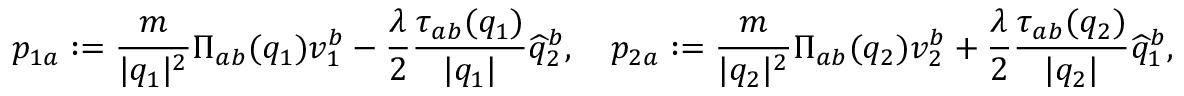
p _ { 1 a } : = \frac { m } { \vert q _ { 1 } \vert ^ { 2 } } \Pi _ { a b } ( q _ { 1 } ) v _ { 1 } ^ { b } - \frac { \lambda } { 2 } \frac { \tau _ { a b } ( q _ { 1 } ) } { \vert q _ { 1 } \vert } \widehat { q } _ { 2 } ^ { b } , \quad p _ { 2 a } : = \frac { m } { \vert q _ { 2 } \vert ^ { 2 } } \Pi _ { a b } ( q _ { 2 } ) v _ { 2 } ^ { b } + \frac { \lambda } { 2 } \frac { \tau _ { a b } ( q _ { 2 } ) } { \vert q _ { 2 } \vert } \widehat { q } _ { 1 } ^ { b } ,